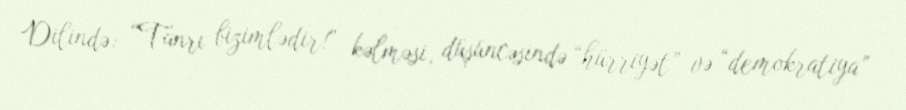
Dilində: “Tanrı bizimlədir!” kəlməsi, düşüncəsində “hürriyət” və “demokratiya”